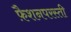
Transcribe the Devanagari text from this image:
फ़ैशनपरस्ती